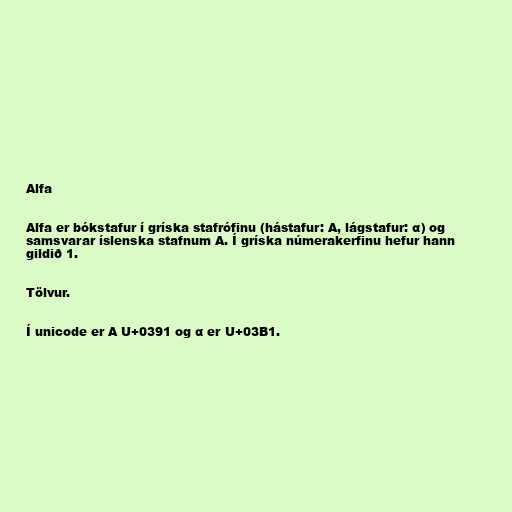
Alfa

Alfa er bókstafur í gríska stafrófinu (hástafur: Α, lágstafur: α) og
samsvarar íslenska stafnum A. Í gríska númerakerfinu hefur hann
gildið 1.

Tölvur.

Í unicode er Α U+0391 og α er U+03B1.